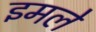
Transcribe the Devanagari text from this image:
इमले